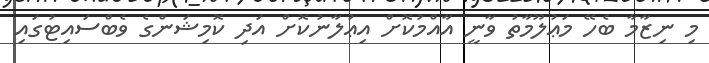
މި ނިޒާމާ ބެހޭ މަޢުލޫމާތު ވާނީ އާއްމުކޮށް އިޢުލާނުކޮށް އަދި ކޮމިޝަންގެ ވެބްސައިޓުގައި